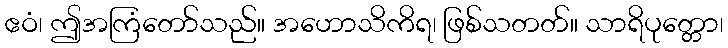
ဧဝံ၊ ဤအကြံတော်သည်။ အဟောသိကိရ၊ ဖြစ်သတတ်။ သာရိပုတ္တော၊